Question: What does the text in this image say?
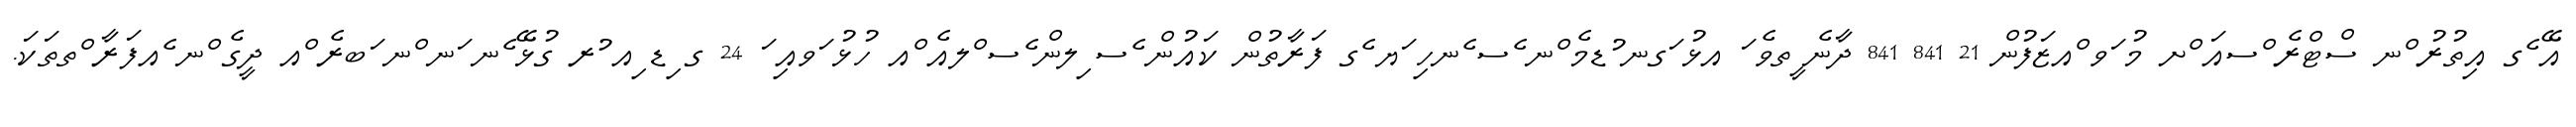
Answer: އޭ ެގ އިތުރު ްނ ސްޓްރެ ްސއަ ްށ މު ަވ ްއޒަފުން 21 841 841 ދާނެ ީތވެ ަ އޅު ަގނ ުޑމެ ްނ ެސ ެނހި ަޔ ެގ ފަރާތުން ކައުން ެސ ިލން ެސ ްލއެ ްއ ހުޅު ަވއި ަ 24 ގ ިޑ ިއ ުރ ގުޅޭ ެނ ަނ ްނ ަބރެ ްއ ދީގެ ްނ ެއފަރާ ްތތަކަ.